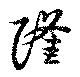
隆